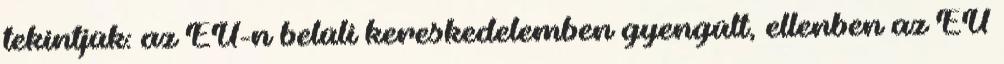
tekintjük: az EU-n belüli kereskedelemben gyengült, ellenben az EU